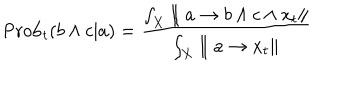
LaTeX: \mathrm { P r o b } _ { t } ( b \wedge c | a ) = { \frac { \int _ { X } \parallel a \rightarrow b \wedge c \wedge x _ { t } \parallel } { \int _ { X } \parallel a \rightarrow x _ { t } \parallel } }